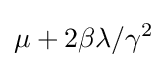
\mu +2\beta \lambda /\gamma ^{2}